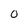
Character: 0